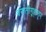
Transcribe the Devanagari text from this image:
वसतीगृहातून